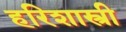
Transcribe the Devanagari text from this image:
हरिशास्त्री